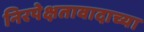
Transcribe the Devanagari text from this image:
निरपेक्षतावादाच्या